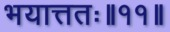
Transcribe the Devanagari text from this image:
भयात्ततः॥११॥